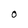
Character: 0